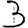
Digit: 3